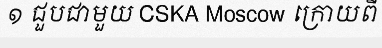
១ ជួបជាមួយ CSKA Moscow ក្រោយពី